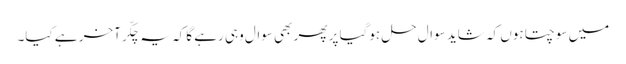
میں سوچتا ہوں کہ شاید سوال حل ہوگیا پر پھر بھی سوال وہی رہے گا کہ یہ چکّر آخر ہے کیا۔